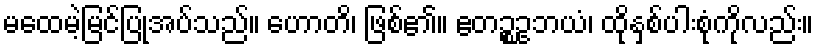
မထေမဲ့မြင်ပြုအပ်သည်။ ဟောတိ၊ ဖြစ်၏။ ဧတဉ္စဥဘယံ၊ ထိုနှစ်ပါးစုံကိုလည်း။